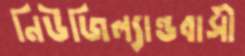
নিউজিল্যান্ডবাসী